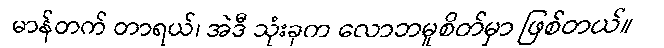
မာန်တက် တာရယ်၊ အဲဒီ သုံးခုက လောဘမူစိတ်မှာ ဖြစ်တယ်။